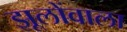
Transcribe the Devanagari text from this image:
झूलोंवाला